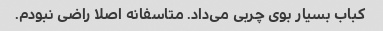
کباب بسیار بوی چربی می‌داد. متاسفانه اصلا راضی نبودم.